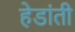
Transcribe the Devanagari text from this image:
हेडांती